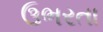
ઉભરતા